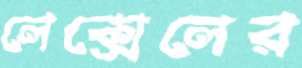
লেক্সেলের